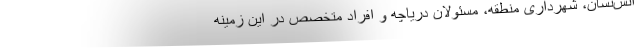
آتش‌نشان، شهرداری منطقه، مسئولان دریاچه و افراد متخصص در این زمینه